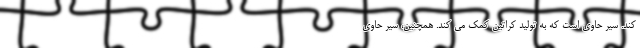
کند. سیر حاوی است که به تولید کراتین کمک می کند. همچنین، سیر حاوی